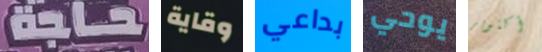
حاجة وقاية بداعي يوحي أكتوبر